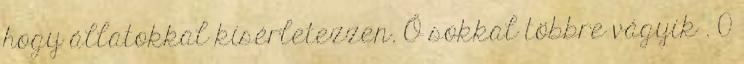
hogy állatokkal kísérletezzen. Ő sokkal többre vágyik . 0